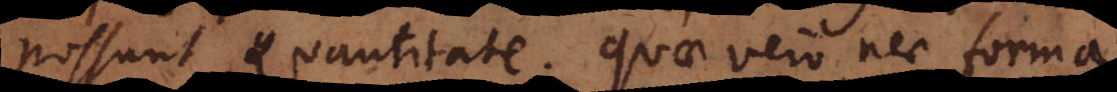
possunt Quantitate. Quae vero nec forma